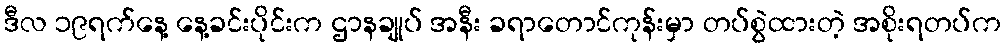
ဒီလ ၁၉ရက်နေ့ နေ့ခင်းပိုင်းက ဌာနချုပ် အနီး ခရာတောင်ကုန်းမှာ တပ်စွဲထားတဲ့ အစိုးရတပ်က